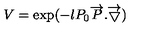
V = \exp ( - l P _ { 0 } \overrightarrow { P } . \overrightarrow { \bigtriangledown } )